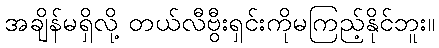
အချိန်မရှိလို့ တယ်လီဗွီးရှင်းကိုမကြည့်နိုင်ဘူး။